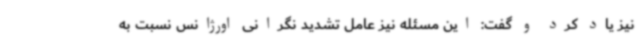
نیز یاد کرد و گفت: این مسئله نیز عامل تشدید نگرانی اورژانس نسبت به